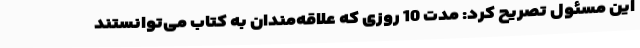
این مسئول تصریح کرد: مدت 10 روزی که علاقه‌مندان به کتاب می‌توانستند